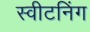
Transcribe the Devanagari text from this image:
स्वीटनिंग